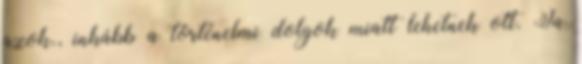
azok., inkább a történelmi dolgok miatt lehetnek ott. Ja